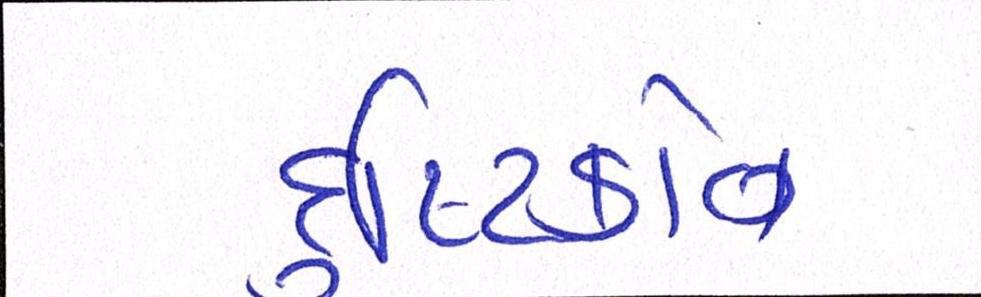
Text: દૃષ્ટિકોણ